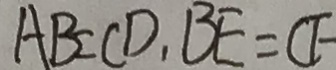
A B = C D , B E = C F